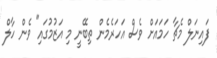
ފައިނަލް މެޗާ ހަމައަށް ވެސް އަހަރެމެން ތިބޭނީ މި އަޒުމުގައި" ވެން ހާލް